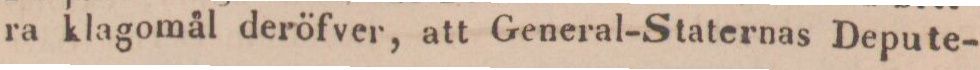
ra klagomål deröfver, att General-Staternas Depute-